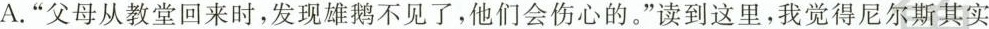
A.”父母从教堂回来时，发现雄鹅不见了，他们会伤心的。”读到这里，我觉得尼尔斯其实